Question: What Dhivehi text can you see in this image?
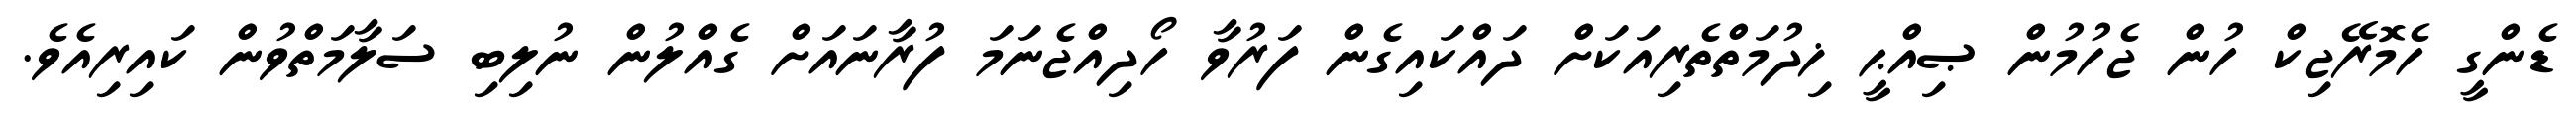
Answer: ޑެންގީ ހެމޮރޭޖިކް ހުން ޖެހުމުން ޞިއްޙީ ޚިދުމަތްތެރިއަކަށް ދައްކައިގެން ފަރުވާ ހޯދިއްޖެނަމަ ފުރާނައަށް ގެއްލުން ނުލިބި ސަލާމަތްވުން ކައިރިއެވެ.